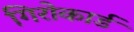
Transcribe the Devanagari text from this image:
गिरोकार्ड